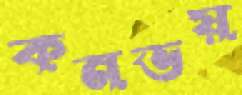
কনভয়